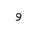
Letter: _waw